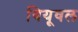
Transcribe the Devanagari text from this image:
बियूवल